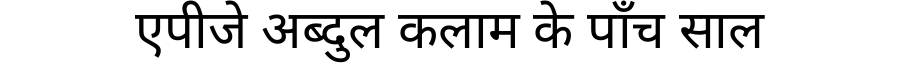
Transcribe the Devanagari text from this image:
एपीजे अब्दुल कलाम के पाँच साल